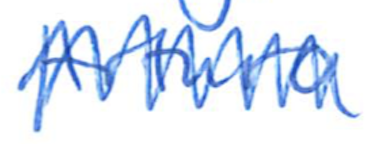
Text: Arturo
Cross-out: zig-zag
Writing tool: ballpoint